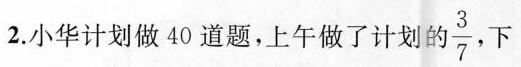
2.小华计划做40道题，上午做了计划 \frac {3} {7} ，下